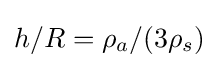
h/R=\rho _{a}/(3\rho _{s})